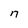
Character: q